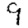
Digit: 9